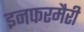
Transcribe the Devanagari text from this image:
इनफरमैरी